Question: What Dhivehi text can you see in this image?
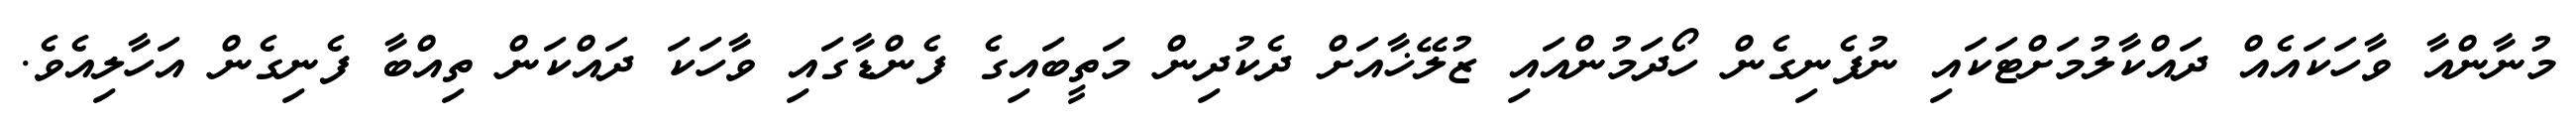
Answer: މުނާންއާ ވާހަކައެއް ދައްކާލުމަށްޓަކައި ނުފެނިގެން ހޯދަމުންއައި ޒުލޭޚާއަށް ދެކުދިން މަތީބައިގެ ފެންޑާގައި ވާހަކަ ދައްކަން ތިއްބާ ފެނިގެން އަހާލިއެވެ.